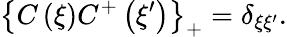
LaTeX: \left\{ C\left(\xi\right)C^{+}\left(\xi^{\prime}\right)\right\} _{+}=\delta_{\xi\xi^{\prime}}.